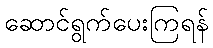
ဆောင်ရွက်ပေးကြရန်